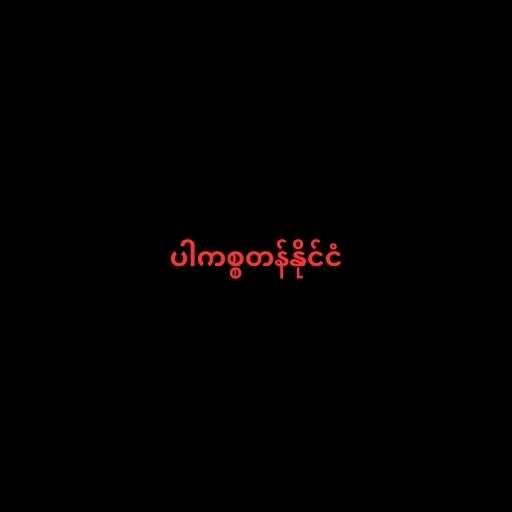
ပါကစ္စတန်နိုင်ငံ